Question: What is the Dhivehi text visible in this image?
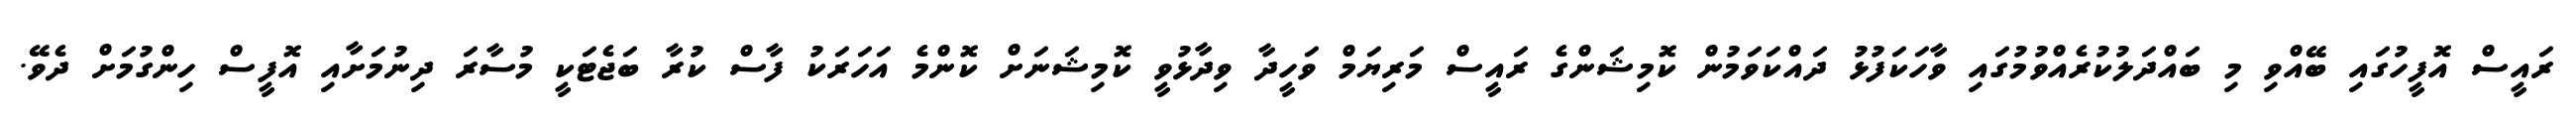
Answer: ރައީސް އޮފީހުގައި ބޭއްވި މި ބައްދަލުކުރެއްވުމުގައި ވާހަކަފުޅު ދައްކަވަމުން ކޮމިޝަންގެ ރައީސް މަރިޔަމް ވަހީދާ ވިދާޅުވީ ކޮމިޝަނަށް ކޮންމެ އަހަރަކު ފާސް ކުރާ ބަޖެޓަކީ މުސާރަ ދިނުމަށާއި އޮފީސް ހިންގުމަށް ދެވޭ.